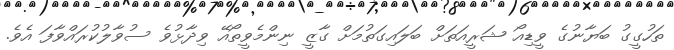
ތަހުގީގު ބަޔާނުގެ ވީޑިއޯ ޝަރީއަތަށް ބަލައިގަތުމަށް ގާޒީ ނިންމެވީތޯއޭ ވިދާޅުވެ ސުވާލުކުރައްވާފަ އެވެ.